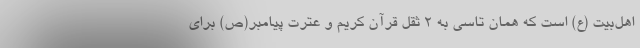
اهل‌بیت (ع) است که همان تاسی به ۲ ثقل قرآن کریم و عترت پیامبر(ص) برای